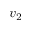
v _ { 2 }